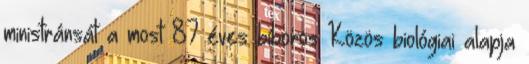
ministránsát a most 87 éves bíboros Közös biológiai alapja